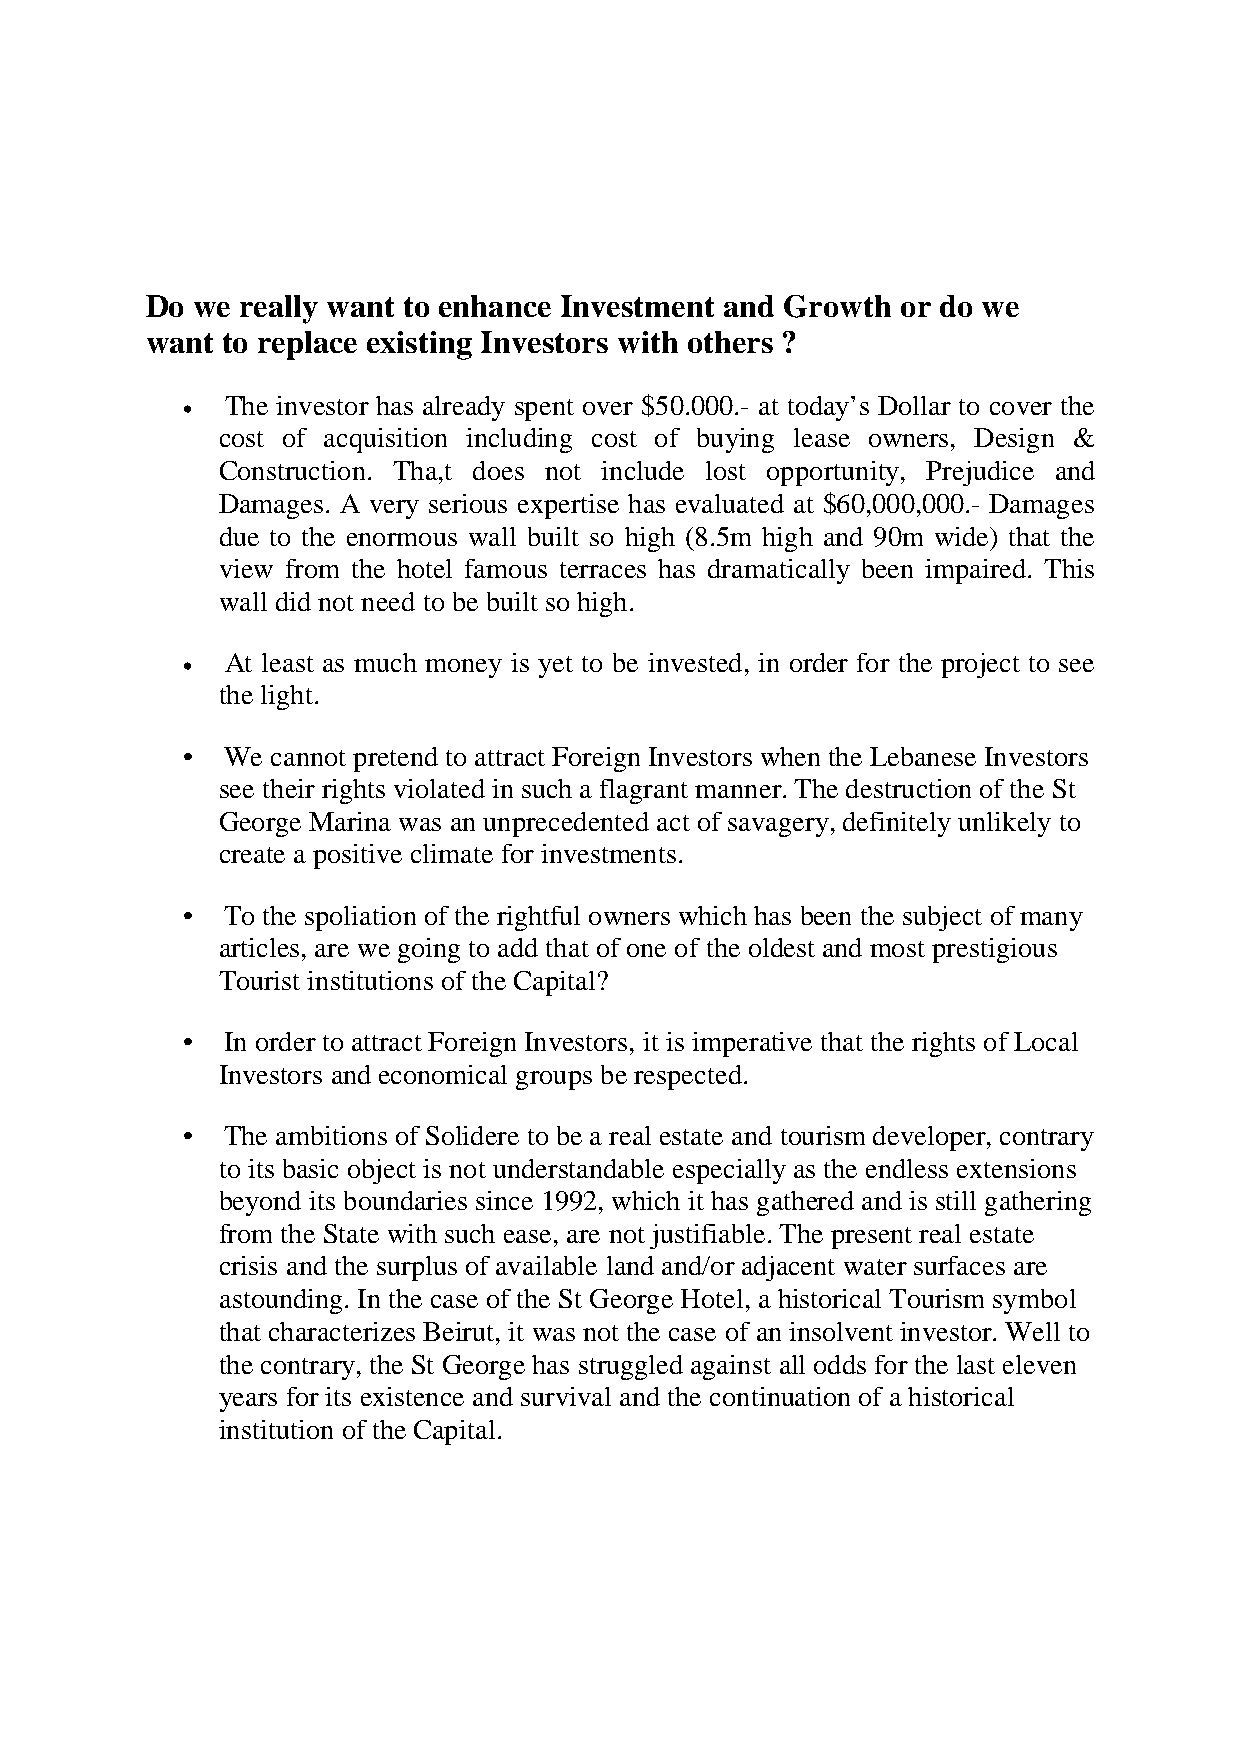
Do we really want to enhance Investment and Growth or do we
 want to replace existing Investors with others ?
 •  The investor has already spent over $50.000.- at today’s Dollar to cover the
 cost of acquisition including cost of buying lease owners, Design &
 Construction. Tha,t does not include lost opportunity, Prejudice and
 Damages. A very serious expertise has evaluated at $60,000,000.- Damages
 due to the enormous wall built so high (8.5m high and 90m wide) that the
 view from the hotel famous terraces has dramatically been impaired. This
 wall did not need to be built so high.
 •  At least as much money is yet to be invested, in order for the project to see
 the light.
 •  We cannot pretend to attract Foreign Investors when the Lebanese Investors
 see their rights violated in such a flagrant manner. The destruction of the St
 George Marina was an unprecedented act of savagery, definitely unlikely to
 create a positive climate for investments.
 •  To the spoliation of the rightful owners which has been the subject of many
 articles, are we going to add that of one of the oldest and most prestigious
 Tourist institutions of the Capital?
 •  In order to attract Foreign Investors, it is imperative that the rights of Local
 Investors and economical groups be respected.
 •  The ambitions of Solidere to be a real estate and tourism developer, contrary
 to its basic object is not understandable especially as the endless extensions
 beyond its boundaries since 1992, which it has gathered and is still gathering
 from the State with such ease, are not justifiable. The present real estate
 crisis and the surplus of available land and/or adjacent water surfaces are
 astounding. In the case of the St George Hotel, a historical Tourism symbol
 that characterizes Beirut, it was not the case of an insolvent investor. Well to
 the contrary, the St George has struggled against all odds for the last eleven
 years for its existence and survival and the continuation of a historical
 institution of the Capital.